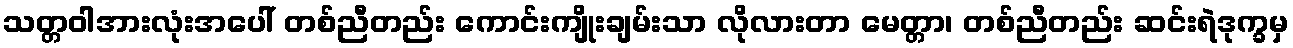
သတ္တဝါအားလုံးအပေါ် တစ်ညီတည်း ကောင်းကျိုးချမ်းသာ လိုလားတာ မေတ္တာ၊ တစ်ညီတည်း ဆင်းရဲဒုက္ခမှ